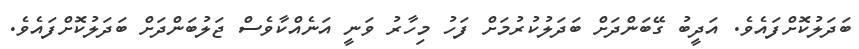
ބަދަލުކޮށްފައެވެ. އަދީބު ގޭބަންދަށް ބަދަލުކުރުމަށް ފަހު މިހާރު ވަނީ އަނެއްކާވެސް ޖަލުބަންދަށް ބަދަލުކޮށްފައެވެ.